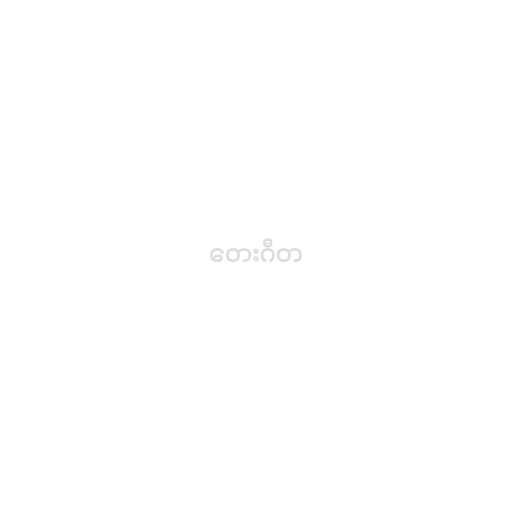
တေးဂီတ